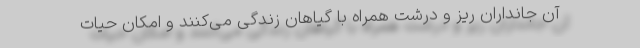
آن جانداران ریز و درشت همراه با گیاهان زندگی می‌کنند و امکان حیات